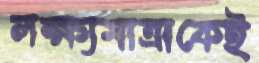
লক্ষ্যমাত্রাকেই